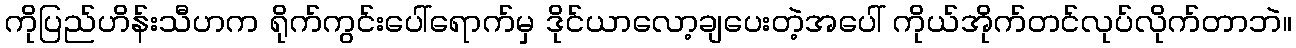
ကိုပြည်ဟိန်းသီဟက ရိုက်ကွင်းပေါ်ရောက်မှ ဒိုင်ယာလော့ချပေးတဲ့အပေါ် ကိုယ်အိုက်တင်လုပ်လိုက်တာဘဲ။